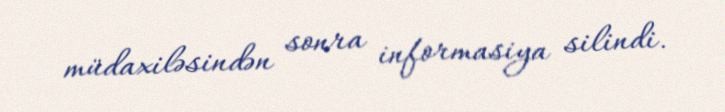
müdaxiləsindən sonra informasiya silindi.